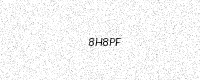
Text: 8H8PF